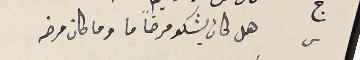
س هل كان يشكو مرضاً ما وما كان مرضه